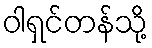
ဝါရှင်တန်သို့